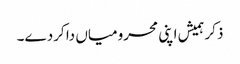
ذکر ہمیش اپنی محرومیاں دا کردے۔